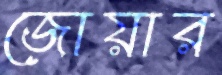
জোয়ার